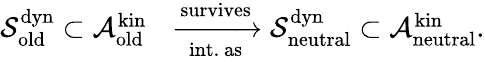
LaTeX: \begin{array}{rl}{\mathcal{S}_{\mathrm{old}}^{\mathrm{dyn}}\subset\mathcal{A}_{\mathrm{old}}^{\mathrm{kin}}}&{\xrightarrow[\mathrm{int.~as}]{\mathrm{survives}}\mathcal{S}_{\mathrm{neutral}}^{\mathrm{dyn}}\subset\mathcal{A}_{\mathrm{neutral}}^{\mathrm{kin}}.}\end{array}